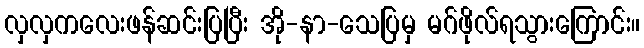
လှလှကလေးဖန်ဆင်းပြပြီး အို-နာ-သေပြမှ မဂ်ဖိုလ်ရသွားကြောင်း။